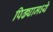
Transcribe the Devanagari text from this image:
पिढ्यामध्ये